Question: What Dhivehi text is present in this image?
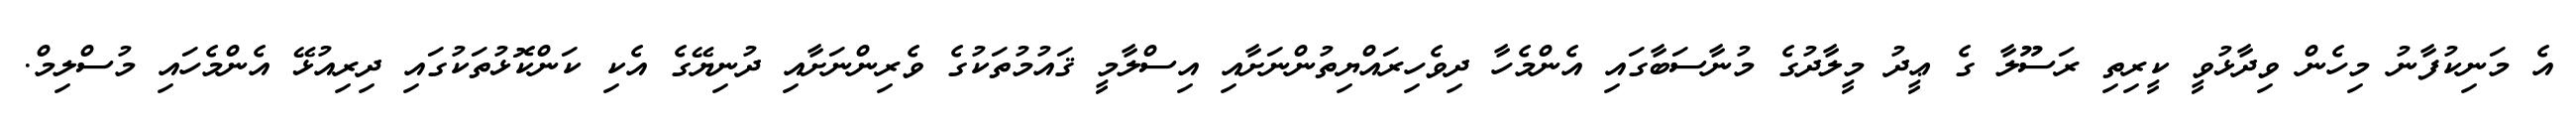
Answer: އެ މަނިކުފާނު މިހެން ވިދާޅުވީ ކީރިތި ރަސޫލާ ގެ ޢީދު މީލާދުގެ މުނާސަބާގައި އެންމެހާ ދިވެހިރައްޔިތުންނަށާއި އިސްލާމީ ޤައުމުތަކުގެ ވެރިންނަށާއި ދުނިޔޭގެ އެކި ކަންކޮޅުތަކުގައި ދިރިއުޅޭ އެންމެހައި މުސްލިމް.